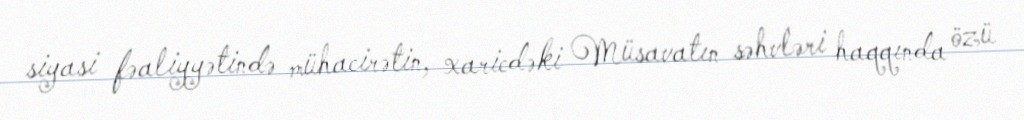
siyasi fəaliyyətində mühacirətin, xaricdəki Müsavatın səhvləri haqqında özü